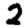
Digit: 2